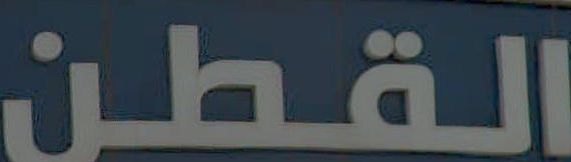
القطن